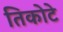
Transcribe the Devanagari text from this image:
तिकोटे